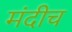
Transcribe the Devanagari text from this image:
मंदीच